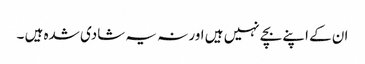
ان کے اپنے بچے نہیں ہیں اور نہ یہ شادی شدہ ہیں ۔